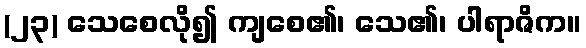
(၂၃) သေစေလို၍ ကျစေ၏၊ သေ၏၊ ပါရာဇိက။